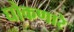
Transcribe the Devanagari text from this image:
घोकणारे